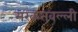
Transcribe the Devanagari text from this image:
मरकतवल्ली